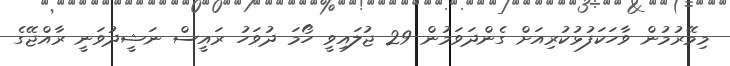
މިމޭރުމުން ވާހަކަފުޅުކުރިއަށް ގެންދަވަމުން 29 ޖުލައިވީ ހޯމަ ދުވަހު ރައީސް ނަޝީދުވަނީ ރާއްޖޭގެ